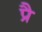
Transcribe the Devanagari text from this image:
प्रै